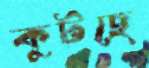
কুটছে